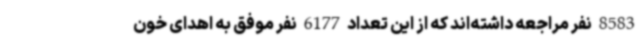
8583 نفر مراجعه داشته‌اند که از این تعداد 6177 نفر موفق به اهدای خون